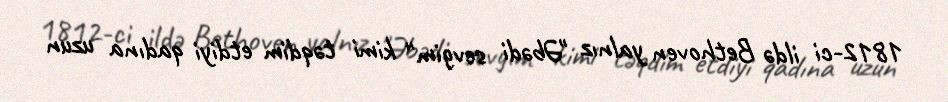
1812-ci ildə Bethoven yalnız "Əbədi sevgim" kimi təqdim etdiyi qadına uzun